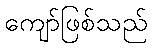
ကျော်ဖြစ်သည်